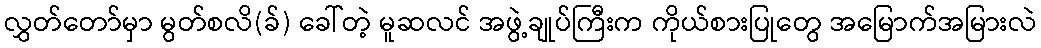
လွှတ်တော်မှာ မွတ်စလိ(ခ်) ခေါ်တဲ့ မူဆလင် အဖွဲ့ချုပ်ကြီးက ကိုယ်စားပြုတွေ အမြောက်အမြားလဲ